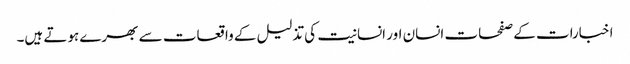
اخبارات کے صفحات انسان اور انسانیت کی تذلیل کے واقعات سے بھرے ہوتے ہیں۔